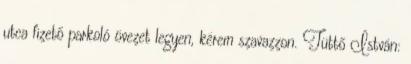
utca fizető parkoló övezet legyen, kérem szavazzon. Tüttő István: